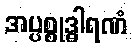
အပ္ပစ္စုဒ္ဓါရဏံ